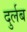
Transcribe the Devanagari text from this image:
दुर्लब